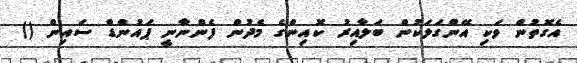
އެގޮތުން ވަކި އޭންގަލަކުން ބަލާއިރު ކޮއިންގެ މެދުން ފެންނާނީ ޕައުންޑް ސައިން ()